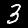
Label: 3